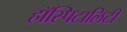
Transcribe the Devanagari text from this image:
हॉस्पिटालिटी